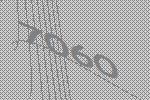
7060